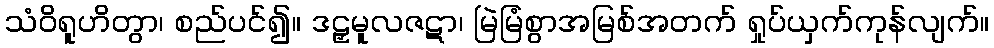
သံဝိရူဟိတွာ၊ စည်ပင်၍။ ဒဠှမူလဇဋာ၊ မြဲမြံစွာအမြစ်အတက် ရှုပ်ယှက်ကုန်လျက်။